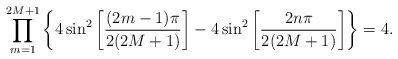
\begin{align*}\prod_{m=1}^{2M+1}\left\{4 \sin^2\left[\frac{ (2m-1)\pi}{2(2M+1)}\right]- 4 \sin^2\left[\frac{ 2n\pi}{2(2M+1)}\right] \right\}=4.\end{align*}